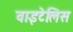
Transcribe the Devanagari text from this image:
वाइटेलिस